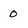
Character: 0